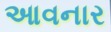
આવનાર